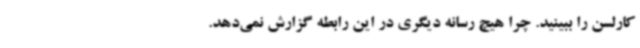
کارلسن را ببینید. چرا هیچ رسانه دیگری در این رابطه گزارش نمی‌دهد.